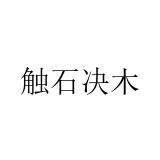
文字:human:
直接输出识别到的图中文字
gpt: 触石决木